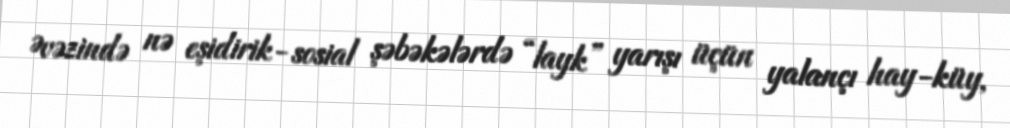
Əvəzində nə eşidirik- sosial şəbəkələrdə “layk” yarışı üçün yalançı hay-küy,